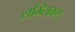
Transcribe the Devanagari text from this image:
लम्ब्लिकस